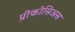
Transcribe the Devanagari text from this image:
प्रीकोसिअस